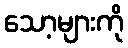
သော့များကို